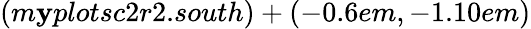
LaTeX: (m\mathbf{y}plotsc2r2.south)+(-0.6em,-1.10em)